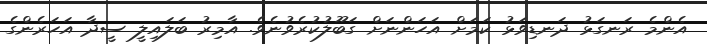
އެންމެ ރަނގަޅު ދަނޑިވަޅު ކަމަށް އަހަންނަށް ގަބޫލުކުރެވުނެވެ. އާމިރު ބަލައިލީ ސީދާ އަހަރެންގެ